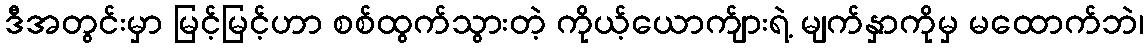
ဒီအတွင်းမှာ မြင့်မြင့်ဟာ စစ်ထွက်သွားတဲ့ ကိုယ့်ယောက်ျားရဲ့ မျက်နှာကိုမှ မထောက်ဘဲ၊